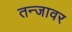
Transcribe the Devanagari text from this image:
तन्जावर